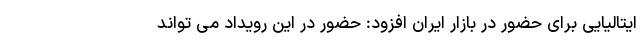
ایتالیایی برای حضور در بازار ایران افزود: حضور در این رویداد می تواند